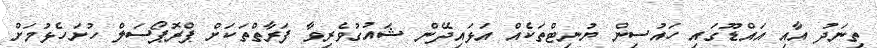
ތިނަދު އާއި އައްޑޫގައި ހައުސިން ޔުނިޓްތަކެއް އަޅައިދޭން ޝައުގުވެރިވާ ފަރާތްތަކަށް ޕްރޮޕޯސަލް ހުށަހެޅުމަށް